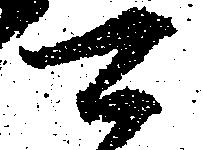
可